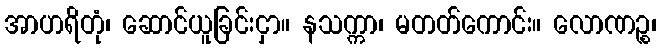
အာဟရိတုံ၊ ဆောင်ယူခြင်းငှာ။ နသက္ကာ၊ မတတ်ကောင်း။ လောဏဉ္စ၊